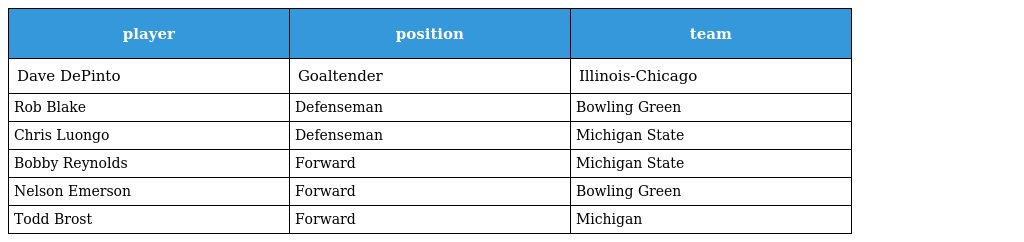
| player | position | team |
 | --- | --- | --- |
 | Dave DePinto | Goaltender | Illinois-Chicago |
 | Rob Blake | Defenseman | Bowling Green |
 | Chris Luongo | Defenseman | Michigan State |
 | Bobby Reynolds | Forward | Michigan State |
 | Nelson Emerson | Forward | Bowling Green |
 | Todd Brost | Forward | Michigan |